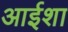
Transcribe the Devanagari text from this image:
आईशा